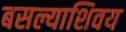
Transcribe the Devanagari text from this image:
बसल्याशिवय